system: You are a helpful assistant.
user:
Analyze the provided spectrum to determine if it is a **"Cataclysmic Variables (CV)"**.

- **Key Indicators for CV (Check for either state):**
    - **State 1: Quiescent / Low-State (Emission-Dominated)**
        - **(Primary):** Strong and *very broad* Hydrogen Balmer emission lines (e.g., $H\alpha$ at 6563 Å, $H\beta$ at 4861 Å). The 'broadness' (high velocity dispersion, often FWHM > 1000 km/s) is the key diagnostic, indicating a high-velocity accretion disk.
        - **(Secondary):** Broad neutral Helium (He I) emission lines (e.g., 5876 Å, 6678 Å).
        - **(Key Confirmation):** Presence of high-excitation *ionized* Helium (He II) emission at 4686 Å. This is a strong indicator of accretion onto a white dwarf.
        - **(Line Profile):** Emission lines may exhibit a 'double-peaked' profile, which is a classic signature of a rotating accretion disk viewed at high inclination.

    - **State 2: Outburst / High-State (Absorption-Dominated)**
        - **(Primary):** Spectrum is dominated by a bright, blue continuum (looks like a hot star).
        - **(Secondary):** The emission lines from State 1 are weak, absent, or 'filled in', and are replaced by broad, shallow *absorption* lines (primarily Balmer and He I).
        - **(Morphology):** The overall spectrum mimics a hot B/A-type star. The crucial difference is that the absorption lines are significantly broader, shallower, and more 'washed-out' (or 'smeared') than the sharp lines of a normal stellar photosphere, due to high rotational speeds and pressure broadening in the disk.

Think first, call **spectral_visualization_tool** if needed to examine features in detail, then provide your final answer. Your response must adhere to the following strict rules:
1.  **Overall Structure:** Your response must follow the format `<think>...</think> <tool_call>...</tool_call> (if a tool is used) <answer>...</answer>`.
2.  **Tool Usage Constraint:** You may only make **one** tool call per turn.
3.  **Final Answer Format:** In the `<answer>` tag, your conclusion must be inside a `\boxed{}` command (e.g., `\boxed{YES}`), followed by your justification.

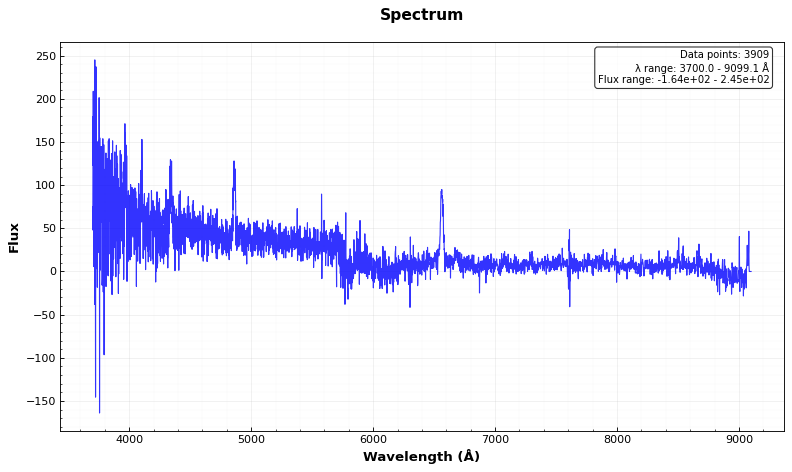
Answer: YES